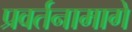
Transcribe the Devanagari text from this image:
प्रवर्तनामागे